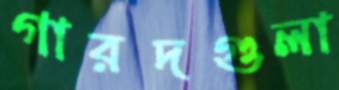
গারদগুলা